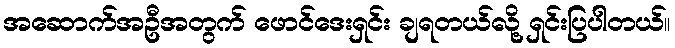
အဆောက်အဦအတွက် ဖောင်ဒေးရှင်း ချရတယ်လို့ ရှင်းပြပါတယ်။